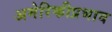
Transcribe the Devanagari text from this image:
अमेरिकीप्रभाव